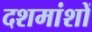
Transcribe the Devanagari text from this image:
दशमांशों